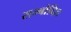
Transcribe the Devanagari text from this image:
सम्बोदित